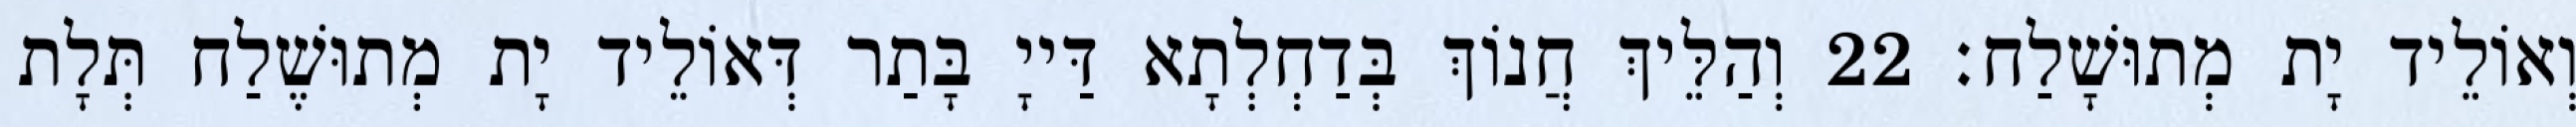
וְאוֹלֵיד יָת מְתוּשָׁלַח׃ 22 וְהַלֵּיךְ חֲנוֹךְ בְּדַחְלְתָא דַּייָ בָּתַר דְּאוֹלֵיד יָת מְתוּשֶׁלַח תְּלָת